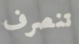
تنصرف